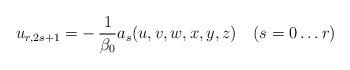
LaTeX: \begin{align*}u_{r, 2s + 1} = - \, \frac{1}{\beta_{0}} a_{s} (u, v, w, x, y, z) \quad(s = 0 \ldots r)\end{align*}